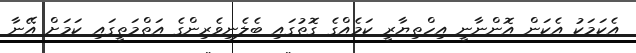
އެކަމަކު އެކަން އޮންނާނީ އިހްތިޔާރީ ކަމެއްގެ ގޮތުގައި ބެލެނިވެރިންގެ އަތްމަތީގައި ކަމަށް އޭނާ